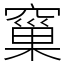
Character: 窼